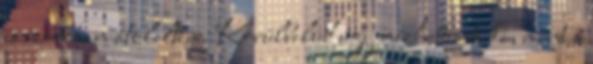
és szorosan átöleltem. Körülbelül úgy nézhettünk ki, mint a